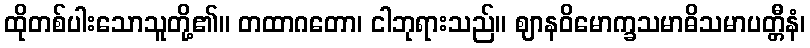
ထိုတစ်ပါးသောသူတို့၏။ တထာဂတော၊ ငါဘုရားသည်။ ဈာနဝိမောက္ခသမာဓိသမာပတ္တီနံ၊